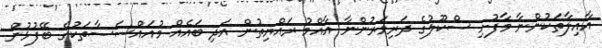
އާއިލާތަކުންނާ މާފުށި ސްކޫލުގެ ދަރިވަރުންނާ އާއްމު ރައްޔިތުން އަދި ބައެއް މުއައްސަސާތަކުގެ ބޭފުޅުން